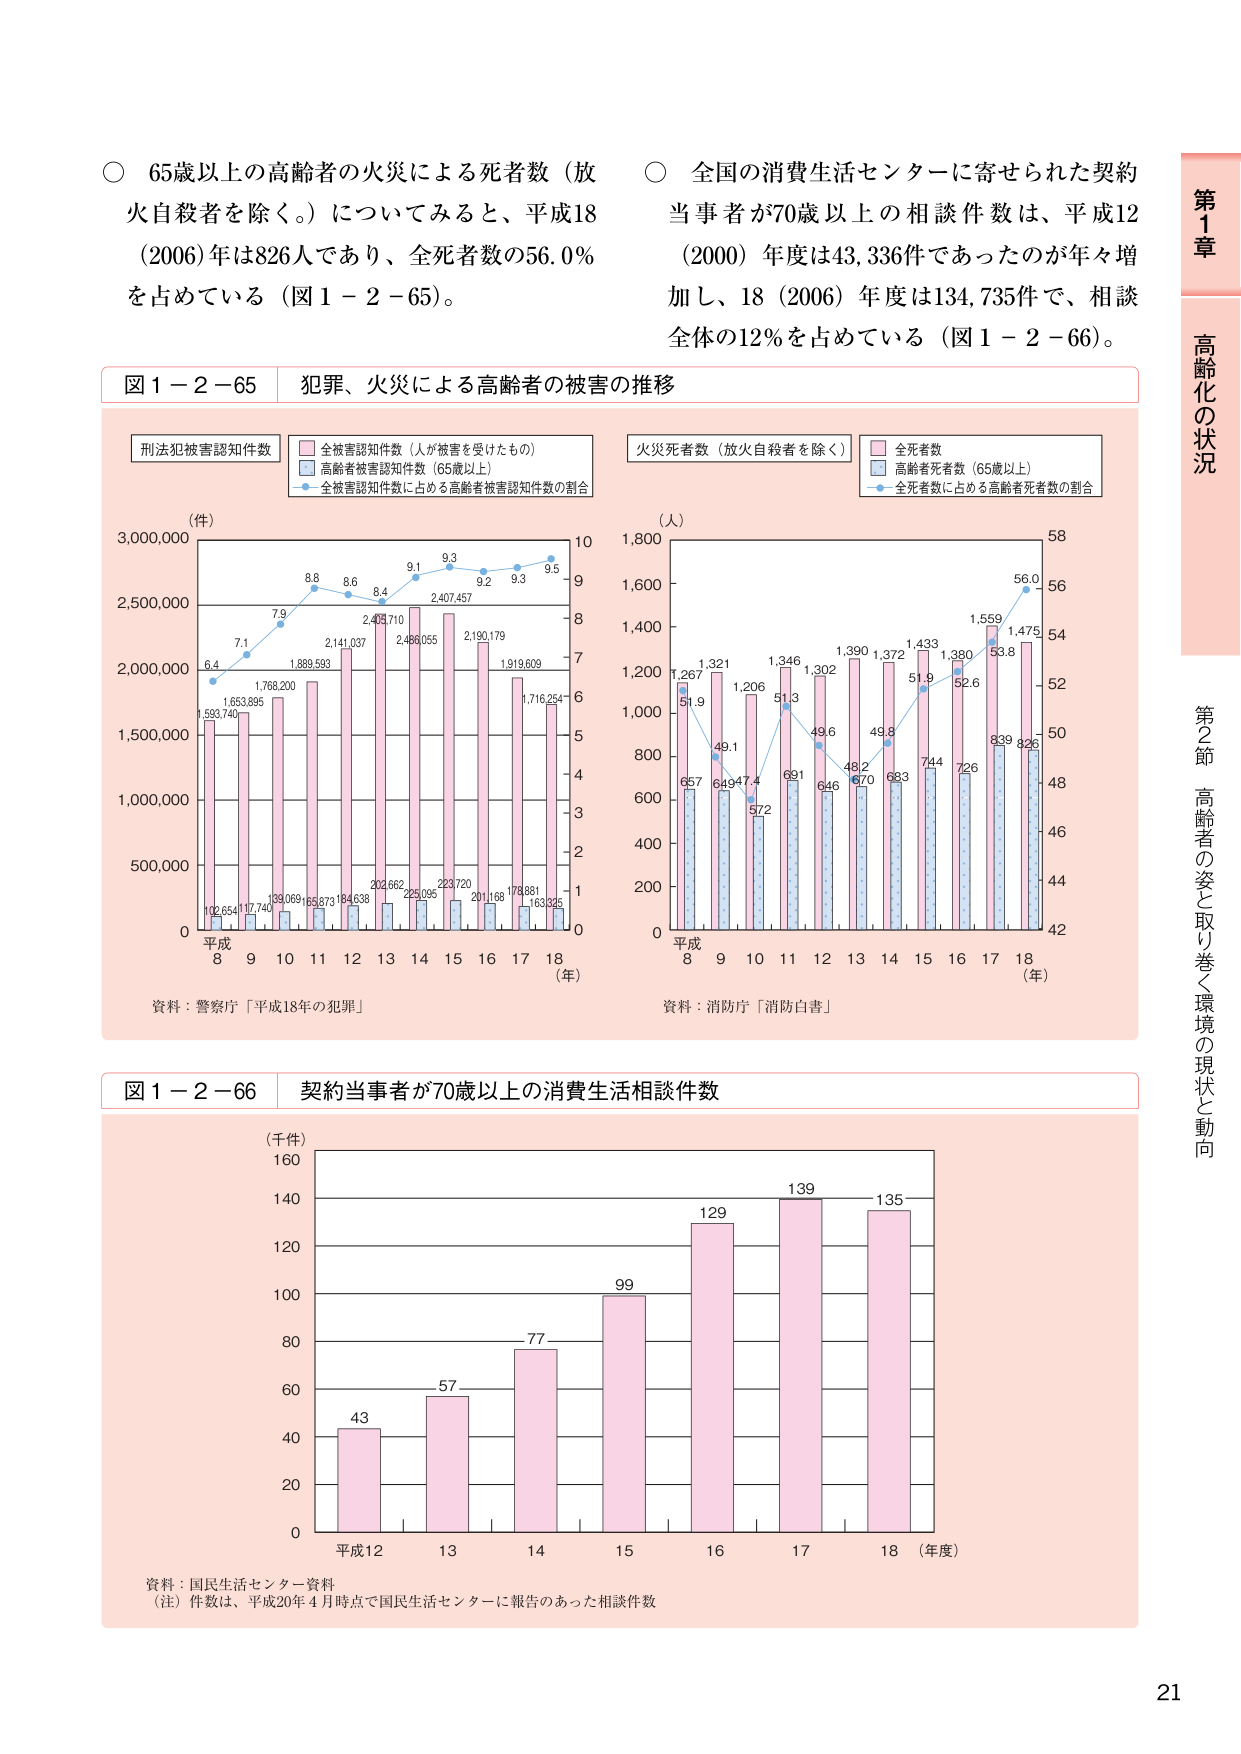
○ 65歳以上の高齢者の火災による死者数（放火自殺者を除く。）についてみると、平成18（2006）年は826人であり、全死者数の56.0％を占めている（図1－2－65）。

○ 全国の消費生活センターに寄せられた契約当事者が70歳以上の相談件数は、平成12（2000）年度は43,336件であったのが年々増加し、18（2006）年度は134,735件で、相談全体の12％を占めている（図1－2－66）。

図1－2－65 犯罪、火災による高齢者の被害の推移

刑法犯被害認知件数
■ 全被害認知件数（人が被害を受けたもの）
■ 高齢者被害認知件数（65歳以上）
・ 全被害認知件数に占める高齢者被害認知件数の割合

（件）
3,000,000
2,500,000
2,000,000
1,500,000
1,000,000
500,000
0
平成
8 9 10 11 12 13 14 15 16 17 18
（年）

1,593,740
1,653,895
1,768,200
1,889,593
2,141,037
2,403,710
2,486,055
2,407,457
2,190,179
1,919,609
1,716,254
102,654
117,740
139,069
165,673
184,638
202,662
225,095
223,720
201,168
178,881
163,325
6.4
7.1
7.9
8.8
8.6
8.4
9.1
9.3
9.2
9.3
9.5
10
9
8
7
6
5
4
3
2
1
0

資料：警察庁「平成18年の犯罪」

火災死者数（放火自殺者を除く）
■ 全死者数
■ 高齢者死者数（65歳以上）
・ 全死者数に占める高齢者死者数の割合

（人）
1,800
1,600
1,400
1,200
1,000
800
600
400
200
0
平成
8 9 10 11 12 13 14 15 16 17 18
（年）

1,267
1,321
1,206
1,346
1,302
1,390
1,372
1,433
1,380
1,559
1,475
657
649
572
691
646
670
683
744
726
839
826
51.9
49.1
47.4
51.3
49.6
48.2
49.8
51.9
52.6
53.8
56.0
58
56
54
52
50
48
46
44
42

資料：消防庁「消防白書」

図1－2－66 契約当事者が70歳以上の消費生活相談件数

（千件）
160
140
120
100
80
60
40
20
0
平成12 13 14 15 16 17 18 （年度）

43
57
77
99
129
139
135

資料：国民生活センター資料
（注）件数は、平成20年4月時点で国民生活センターに報告のあった相談件数

第1章 高齢化の状況
第2節 高齢者の姿と取り巻く環境の現状と動向

21